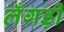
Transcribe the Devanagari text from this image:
लँगड़ी